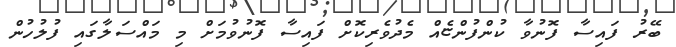
ބޭރު ފައިސާ ފޮނުވާ ކުންފުންޏެއް މެދުވެރިކޮށް ފައިސާ ފޮނުވުމަށް މި މައްސަލާގައި ފުލުހުން